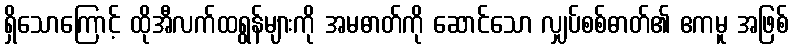
ရှိသောကြောင့် ထိုအီလက်ထရွန်များကို အမဓာတ်ကို ဆောင်သော လျှပ်စစ်ဓာတ်၏ ဧကမူ အဖြစ်